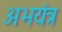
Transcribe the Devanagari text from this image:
अभयंत्र